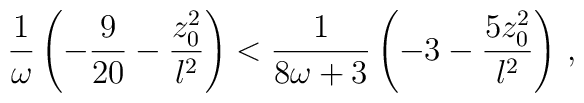
{1\over \omega} \left( -{9\over {20}} - {{z_0 ^2}\over l^2} \right) <{1 \over {8\omega +3}} \left(-3 -{{5z_0 ^2}\over l^2} \right) \, ,